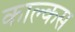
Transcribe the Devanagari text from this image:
काल्कस